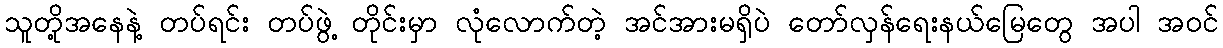
သူတို့အနေနဲ့ တပ်ရင်း တပ်ဖွဲ့ တိုင်းမှာ လုံလောက်တဲ့ အင်အားမရှိပဲ တော်လှန်ရေးနယ်မြေတွေ အပါ အဝင်